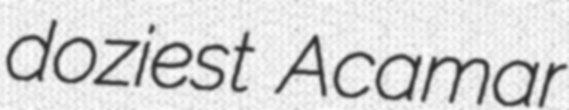
doziest Acamar